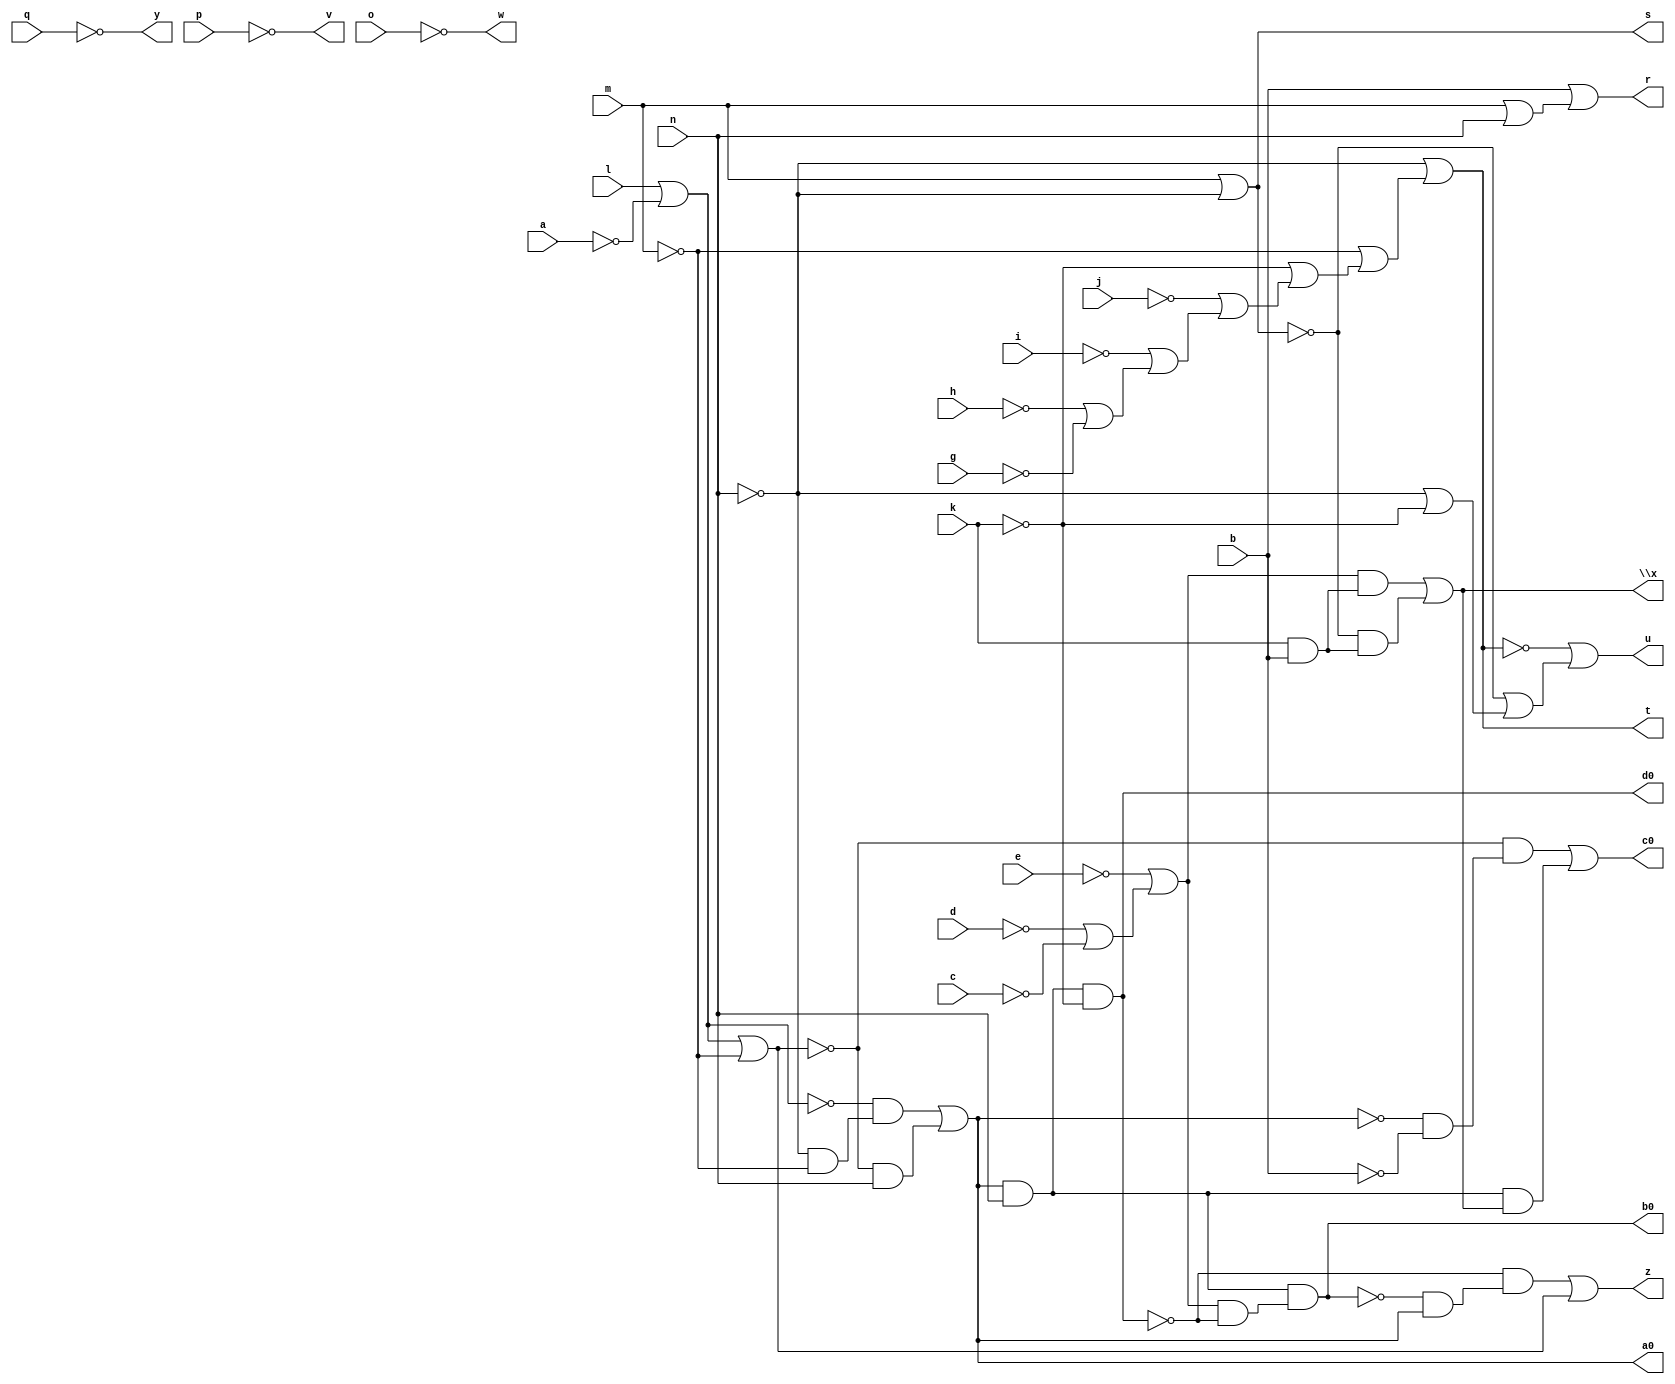
// IWLS benchmark module "pm1" printed on Wed May 29 17:28:07 2002
module pm1(a, b, c, d, e, g, h, i, j, k, l, m, n, o, p, q, r, s, t, u, v, w, \x , y, z, a0, b0, c0, d0);
input
  a,
  b,
  c,
  d,
  e,
  g,
  h,
  i,
  j,
  k,
  l,
  m,
  n,
  o,
  p,
  q;
output
  c0,
  d0,
  r,
  s,
  t,
  u,
  v,
  w,
  \x ,
  y,
  z,
  a0,
  b0;
wire
  \[7] ,
  \[18] ,
  \[8] ,
  \[9] ,
  \[10] ,
  \[0] ,
  \[11] ,
  \[1] ,
  \[12] ,
  \[2] ,
  \[3] ,
  \[14] ,
  \[4] ,
  \[15] ,
  \[5] ,
  \[6] ,
  \[17] ;
assign
  c0 = \[11] ,
  \[7]  = ~q,
  \[18]  = \[9]  & n,
  d0 = \[12] ,
  \[8]  = (~\[12]  & (~\[10]  & \[9] )) | \[17] ,
  \[9]  = (~\[15]  & (~n & ~m)) | (~\[17]  & n),
  \[10]  = \[18]  & (\[14]  & ~\[12] ),
  \[0]  = b | (m | n),
  \[11]  = (~\[17]  & (~\[9]  & ~b)) | (\[18]  & \[6] ),
  \[1]  = m | ~n,
  \[12]  = \[18]  & ~k,
  r = \[0] ,
  s = \[1] ,
  t = \[2] ,
  \[2]  = ~n | (~m | (~k | (~j | (~i | (~h | ~g))))),
  u = \[3] ,
  v = \[4] ,
  w = \[5] ,
  \x  = \[6] ,
  y = \[7] ,
  z = \[8] ,
  \[3]  = ~\[2]  | (~\[1]  | (~n | ~k)),
  \[14]  = ~e | (~d | ~c),
  \[4]  = ~p,
  \[15]  = l | ~a,
  a0 = \[9] ,
  \[5]  = ~o,
  b0 = \[10] ,
  \[6]  = (\[14]  & (k & b)) | (~\[1]  & (k & b)),
  \[17]  = \[15]  | ~m;
endmodule